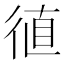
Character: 徝